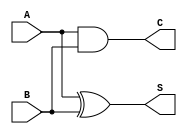
`timescale 1ns / 1ps
//////////////////////////////////////////////////////////////////////////////////
// Company: 
// Engineer: 
// 
// Design Name: 
// Module Name: halfadder
// Project Name: 
// Target Devices: 
// Tool Versions: 
// Description: 
// 
// Dependencies: 
// 
// Revision:
// Revision 0.01 - File Created
// Additional Comments:
// 
//////////////////////////////////////////////////////////////////////////////////


module halfadder(S,C,A,B);
    input A, B;   //A,B
    output S, C;   //S,C
    xor(S,A,B); 
    and(C,A,B);
 endmodule